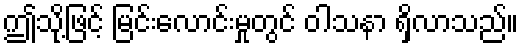
ဤသို့ဖြင့် မြင်းလောင်းမှုတွင် ဝါသနာ ရှိလာသည်။